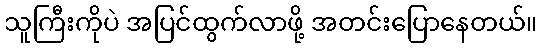
သူကြီးကိုပဲ အပြင်ထွက်လာဖို့ အတင်းပြောနေတယ်။